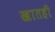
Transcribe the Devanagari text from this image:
खातही